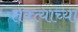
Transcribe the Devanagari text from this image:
तक्त्याच्या